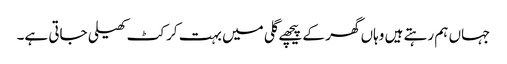
جہاں ہم رہتے ہیں وہاں گھر کے پیچھے گلی میں بہت کرکٹ کھیلی جاتی ہے۔